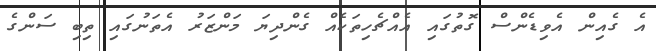
އެ ގެއިން އެވިޑެންސް ގޮތުގައި އެއްޗެހިތަކެއް ގެންދިޔަ މަންޒަރު އެތަނުގައި ތިބި ސަންގެ